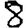
Digit: 8